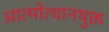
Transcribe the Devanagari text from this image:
आत्मोत्थानयुक्त